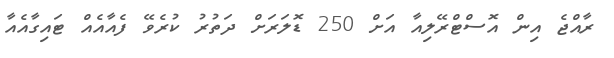
ރާއްޖެ އިން އޮސްޓްރޭލިއާ އަށް 250 ޑޮލަރަށް ދަތުރު ކުރެވޭ ފެއާއެއް ޓައިގާއެއާ